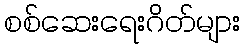
စစ်ဆေးရေးဂိတ်များ